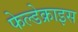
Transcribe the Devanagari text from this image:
फेल्डेक्राइस